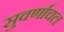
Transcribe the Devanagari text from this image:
सुवर्णाचल